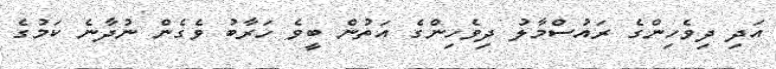
އަދި ދިވެހިންގެ ރައުސްމާލު ދިވެހިންގެ އަތުން ބީވެ ހަރާބު ވެގެން ނުދާނެ ކަމުގެ